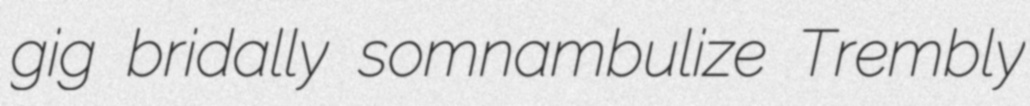
gig bridally somnambulize Trembly